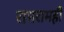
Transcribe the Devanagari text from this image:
रामरामही